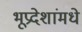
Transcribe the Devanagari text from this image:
भूप्रदेशांमधे